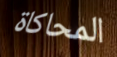
المحاكاة